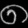
Digit: ၈